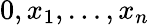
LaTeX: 0,x_{1},\ldots,x_{n}